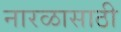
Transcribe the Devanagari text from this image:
नारळासाठी